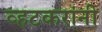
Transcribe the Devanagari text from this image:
व्हटकरांनी